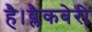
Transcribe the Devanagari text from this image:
है।ब्लैकबेरी